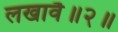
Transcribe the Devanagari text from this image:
लखावै॥२॥